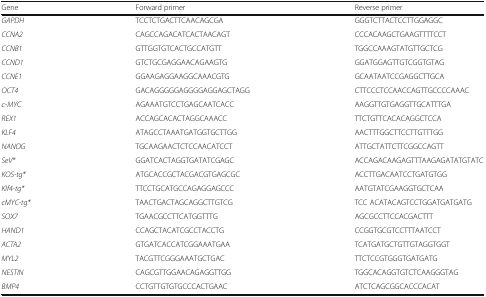
<table><thead><tr><td><b>Gene</b></td><td><b>Forward primer</b></td><td><b>Reverse primer</b></td></tr></thead><tbody><tr><td><i>GAPDH</i></td><td>TCCTCTGACTTCAACAGCGA</td><td>GGGTCTTACTCCTTGGAGGC</td></tr><tr><td><i>CCNA2</i></td><td>CAGCCAGACATCACTAACAGT</td><td>CCCACAAGCTGAAGTTTTCCT</td></tr><tr><td><i>CCNB1</i></td><td>GTTGGTGTCACTGCCATGTT</td><td>TGGCCAAAGTATGTTGCTCG</td></tr><tr><td><i>CCND1</i></td><td>GTCTGCGAGGAACAGAAGTG</td><td>GGATGGAGTTGTCGGTGTAG</td></tr><tr><td><i>CCNE1</i></td><td>GGAAGAGGAAGGCAAACGTG</td><td>GCAATAATCCGAGGCTTGCA</td></tr><tr><td><i>OCT4</i></td><td>GACAGGGGGAGGGGAGGAGCTAGG</td><td>CTTCCCTCCAACCAGTTGCCCCAAAC</td></tr><tr><td><i>c-MYC</i></td><td>AGAAATGTCCTGAGCAATCACC</td><td>AAGGTTGTGAGGTTGCATTTGA</td></tr><tr><td><i>REX1</i></td><td>ACCAGCACACTAGGCAAACC</td><td>TTCTGTTCACACAGGCTCCA</td></tr><tr><td><i>KLF4</i></td><td>ATAGCCTAAATGATGGTGCTTGG</td><td>AACTTTGGCTTCCTTGTTTGG</td></tr><tr><td><i>NANOG</i></td><td>TGCAAGAACTCTCCAACATCCT</td><td>ATTGCTATTCTTCGGCCAGTT</td></tr><tr><td><i>SeV*</i></td><td>GGATCACTAGGTGATATCGAGC</td><td>ACCAGACAAGAGTTTAAGAGATATGTATC</td></tr><tr><td><i>KOS-tg*</i></td><td>ATGCACCGCTACGACGTGAGCGC</td><td>ACCTTGACAATCCTGATGTGG</td></tr><tr><td><i>Klf4-tg*</i></td><td>TTCCTGCATGCCAGAGGAGCCC</td><td>AATGTATCGAAGGTGCTCAA</td></tr><tr><td><i>cMYC-tg*</i></td><td>TAACTGACTAGCAGGCTTGTCG</td><td>TCC ACATACAGTCCTGGATGATGATG</td></tr><tr><td><i>SOX7</i></td><td>TGAACGCCTTCATGGTTTG</td><td>AGCGCCTTCCACGACTTT</td></tr><tr><td><i>HAND1</i></td><td>CCAGCTACATCGCCTACCTG</td><td>CCGGTGCGTCCTTTAATCCT</td></tr><tr><td><i>ACTA2</i></td><td>GTGATCACCATCGGAAATGAA</td><td>TCATGATGCTGTTGTAGGTGGT</td></tr><tr><td><i>MYL2</i></td><td>TACGTTCGGGAAATGCTGAC</td><td>TTCTCCGTGGGTGATGATG</td></tr><tr><td><i>NESTIN</i></td><td>CAGCGTTGGAACAGAGGTTGG</td><td>TGGCACAGGTGTCTCAAGGGTAG</td></tr><tr><td><i>BMP4</i></td><td>CCTGTTGTGTGCCCACTGAAC</td><td>ATCTCAGCGGCACCCACAT</td></tr></tbody></table>